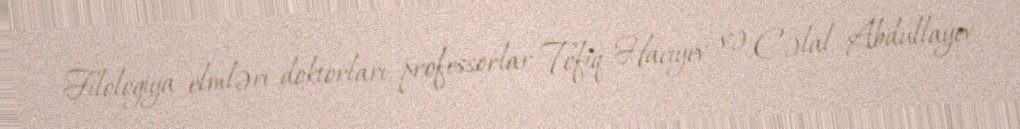
Filologiya elmləri doktorları, professorlar Tofiq Hacıyev və Cəlal Abdullayev